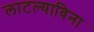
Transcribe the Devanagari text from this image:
लाटल्याविना